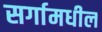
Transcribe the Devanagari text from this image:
सर्गामधील